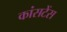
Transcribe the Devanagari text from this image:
कांसटेंस